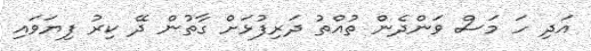
އަދި ހަ މަސް ވަންދެން ތުއްތު ދަރިފުޅަށް ގާތުން ދޭ ކިރު ފިޔަވައި